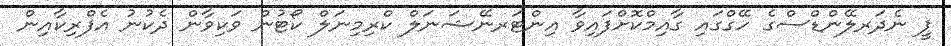
ޕީ ނެދަރލޭންޑްސްގެ ހޭގްގައި ގާއިމްކޮށްފައިވާ އިންޓަރނޭޝަނަލް ކްރިމިނަލް ކޯޓުން ވަކިވާން ދެކުނު އެފްރިކާއިން